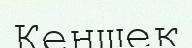
Кеншек